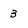
Character: 3